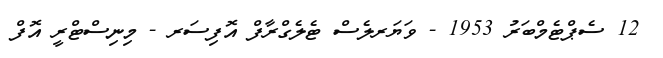
12 ސެޕްޓެމްބަރު 1953 - ވަޔަރލެސް ޓެލެގްރާފް އޮފިސަރ - މިނިސްޓްރީ އޮފް